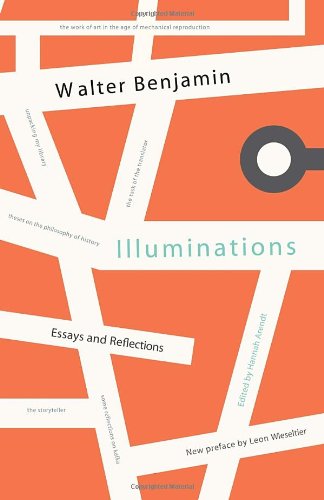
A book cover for Illuminations: Essays and Reflections; Walter Benjamin; Literature & Fiction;